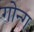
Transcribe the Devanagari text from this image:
गोन्ग